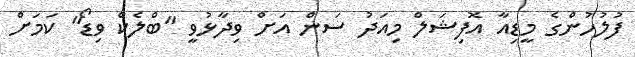
ފުލުހުންގެ މީޑިއާ އޮފިޝަލް މިއަދު ސަން އަށް ވިދާޅުވީ "ބްލެކް ވިޑޯ" ކަމަށް